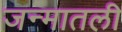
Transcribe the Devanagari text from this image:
जन्मातली